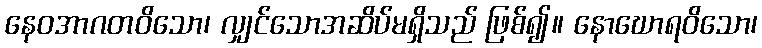
နေဝအာဂတဝိသော၊ လျှင်သောအဆိပ်မရှိသည် ဖြစ်၍။ နောဃောရဝိသော၊